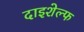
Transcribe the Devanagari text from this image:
दाइशेल्फ